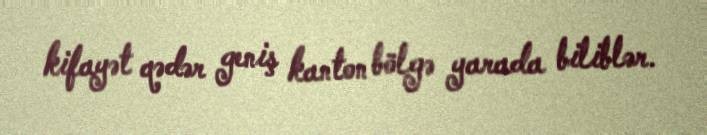
kifayət qədər geniş kanton bölgə yarada biliblər.